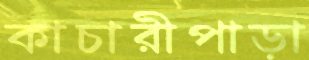
কাচারীপাড়া